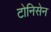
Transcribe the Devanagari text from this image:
टोनिसेन